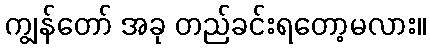
ကျွန်တော် အခု တည်ခင်းရတော့မလား။